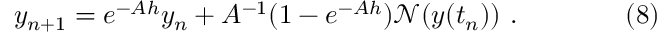
y _ { n + 1 } = e ^ { - A h } y _ { n } + A ^ { - 1 } ( 1 - e ^ { - A h } ) { \mathcal { N } } ( y ( t _ { n } ) ) \ . \qquad \qquad ( 8 )